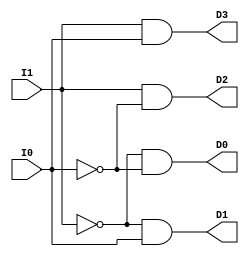
`timescale 1ns / 1ps
//////////////////////////////////////////////////////////////////////////////////
// Company: 
// Engineer: 
// 
// Design Name: 
// Module Name:    Decoder_24_Struc 
// Project Name: 
// Target Devices: 
// Tool versions: 
// Description: 
//
// Dependencies: 
//
// Revision: 
// Revision 0.01 - File Created
// Additional Comments: 
//
//////////////////////////////////////////////////////////////////////////////////
module Decoder_24_Struc(I1,I0,D3,D2,D1,D0);

	input I1,I0;
	output D3,D2,D1,D0;
	
	wire I1S, I0S;
	
	not Not_1(I1S, I1);
	not Not_2(I0S, I0);
	and And_1(D0,I1S,I0S);
	and And_2(D1,I1S,I0);
	and And_3(D2,I1,I0S);
	and And_4(D3,I1,I0);

endmodule